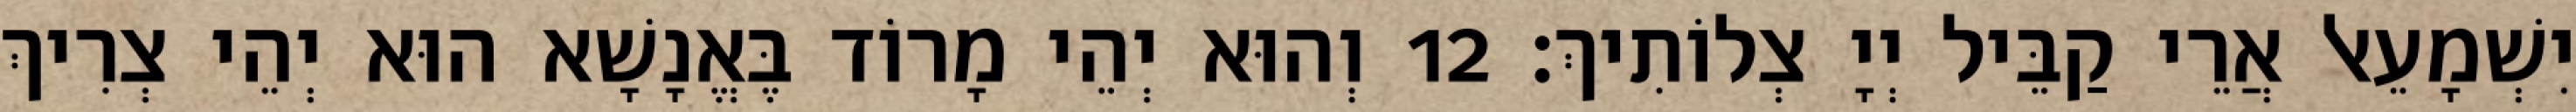
יִשְׁמָעֵאל אֲרֵי קַבֵּיל יְיָ צְלוֹתִיךְ׃ 12 וְהוּא יְהֵי מָרוֹד בֶּאֱנָשָׁא הוּא יְהֵי צְרִיךְ